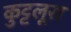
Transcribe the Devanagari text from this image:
कुट्टलूरा